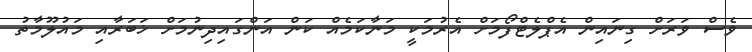
ވެސް ވަރަށް ގިނައިން އެޕްލެޓްފޯމަށް އެރުމަކީ މަނާކަމެއް ކަން އަންގައިދިނުމަށް ޚަބަރާއި މައުލޫމާތު